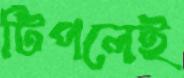
টিপলেই